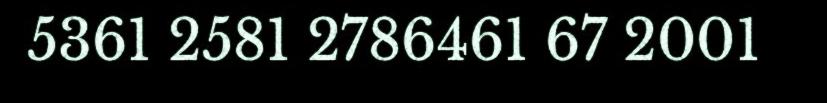
5361 2581 2786461 67 2001